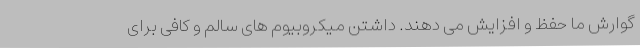
گوارش ما حفظ و افزایش می دهند. داشتن میکروبیوم های سالم و کافی برای